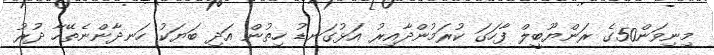
މިނިވަން50ގެ ރަންޔޫބީލް ފާހަގަ ކުރަމުންދާއިރު އަޅުގަނޑު ހިތުން އަދި ބަޔަކު ހަނދާންނެތޭހާ ދުރު